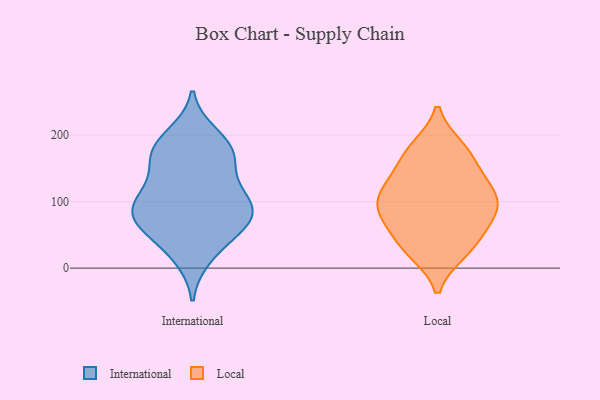
{"axis": {"x": "Energy Usage (MWh)", "y": "Value"}, "legend": ["International", "Local"], "data": [{"x": "", "y": 121, "type": "International"}, {"x": "", "y": 78, "type": "International"}, {"x": "", "y": 82, "type": "International"}, {"x": "", "y": 17, "type": "International"}, {"x": "", "y": 161, "type": "International"}, {"x": "", "y": 112, "type": "International"}, {"x": "", "y": 187, "type": "International"}, {"x": "", "y": 30, "type": "International"}, {"x": "", "y": 163, "type": "International"}, {"x": "", "y": 105, "type": "International"}, {"x": "", "y": 80, "type": "International"}, {"x": "", "y": 71, "type": "International"}, {"x": "", "y": 100, "type": "International"}, {"x": "", "y": 167, "type": "International"}, {"x": "", "y": 67, "type": "International"}, {"x": "", "y": 61, "type": "International"}, {"x": "", "y": 183, "type": "International"}, {"x": "", "y": 200, "type": "International"}, {"x": "", "y": 58, "type": "Local"}, {"x": "", "y": 131, "type": "Local"}, {"x": "", "y": 116, "type": "Local"}, {"x": "", "y": 84, "type": "Local"}, {"x": "", "y": 109, "type": "Local"}, {"x": "", "y": 148, "type": "Local"}, {"x": "", "y": 97, "type": "Local"}, {"x": "", "y": 25, "type": "Local"}, {"x": "", "y": 26, "type": "Local"}, {"x": "", "y": 52, "type": "Local"}, {"x": "", "y": 23, "type": "Local"}, {"x": "", "y": 85, "type": "Local"}, {"x": "", "y": 67, "type": "Local"}, {"x": "", "y": 97, "type": "Local"}, {"x": "", "y": 181, "type": "Local"}, {"x": "", "y": 144, "type": "Local"}, {"x": "", "y": 182, "type": "Local"}, {"x": "", "y": 104, "type": "Local"}, {"x": "", "y": 176, "type": "Local"}]}